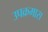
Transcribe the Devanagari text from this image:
उपक्रमास